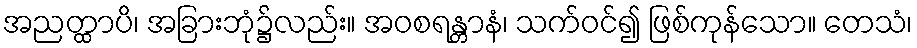
အညတ္ထာပိ၊ အခြားဘုံ၌လည်း။ အဝစရန္တာနံ၊ သက်ဝင်၍ ဖြစ်ကုန်သော။ တေသံ၊